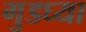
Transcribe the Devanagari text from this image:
गुडघ्या